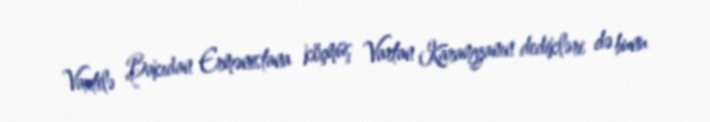
Vaxtilə Bakıdan Ermənistana köçmüş Vartan Karamyanın dedikləri də bunu